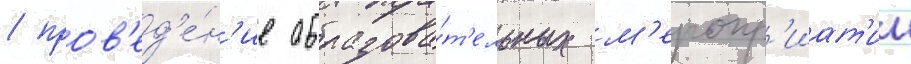
/ пров'ед'е́н'ие образова́т'ельных м'еропр'иат'ии